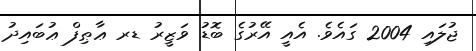
ޖުލައި 2004 ގައެވެ. އެއީ އޭރުގެ ބޮޑު ވަޒީރު ޑރ ޢާޠިފް ޢުބައިދު